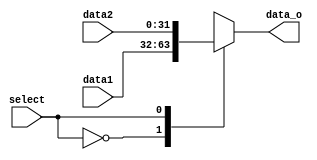
`timescale 1ns / 1ps
//////////////////////////////////////////////////////////////////////////////////
// Company: 
// Engineer: 
// 
// Design Name: 
// Module Name: mux2
// Project Name: 
// Target Devices: 
// Tool Versions: 
// Description: 
// 
// Dependencies: 
// 
// Revision:
// Revision 0.01 - File Created
// Additional Comments:
// 
//////////////////////////////////////////////////////////////////////////////////


module mux2 #(parameter N = 32)(data1,data2,select,data_o);
	input wire [N-1:0] data1;
	input wire [N-1:0] data2;
	input wire         select;
	output reg [N-1:0] data_o;

	always @(*)
	begin
		case (select)
			0 : data_o = data1;
			1 : data_o = data2;
		endcase // select
	end

endmodule